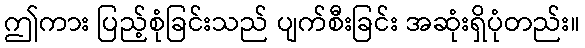
ဤကား ပြည့်စုံခြင်းသည် ပျက်စီးခြင်း အဆုံးရှိပုံတည်း။